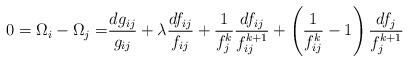
LaTeX: \begin{align*} {0=\Omega_i - \Omega_j =} \frac{dg_{ij}}{g_{ij}} + \lambda \frac{d f_{ij}}{f_{ij}} + \frac{1}{f_j^k} \frac{df_{ij}}{f_{ij}^{k+1}} + \left( \frac{1}{f_{ij}^k} - 1 \right) \frac{df_j}{f_j^{k+1}}\end{align*}